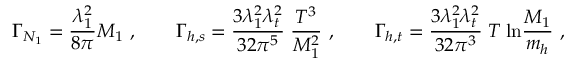
\Gamma _ { N _ { 1 } } = \frac { \lambda _ { 1 } ^ { 2 } } { 8 \pi } M _ { 1 } \ , \qquad \Gamma _ { h , s } = \frac { 3 \lambda _ { 1 } ^ { 2 } \lambda _ { t } ^ { 2 } } { 3 2 \pi ^ { 5 } } \; \frac { T ^ { 3 } } { M _ { 1 } ^ { 2 } } \ , \qquad \Gamma _ { h , t } = \frac { 3 \lambda _ { 1 } ^ { 2 } \lambda _ { t } ^ { 2 } } { 3 2 \pi ^ { 3 } } \; T \; \mathrm { l n } \frac { M _ { 1 } } { m _ { h } } \ ,